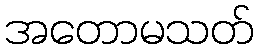
အတောမသတ်